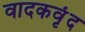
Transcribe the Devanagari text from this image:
वादकवृंद